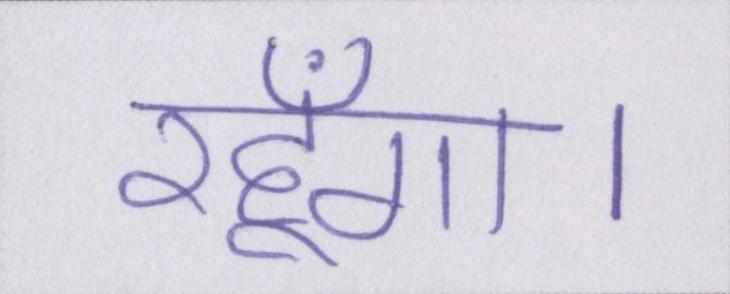
रहूँगा।